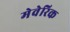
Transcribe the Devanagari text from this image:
मेवेरिक